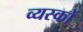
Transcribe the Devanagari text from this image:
व्‍यस्‍कों